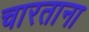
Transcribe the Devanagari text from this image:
चारताना